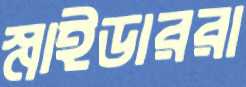
স্নাইডাররা